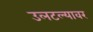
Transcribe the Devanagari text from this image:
उलटल्यावर